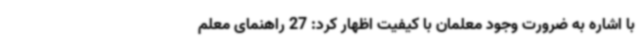
با اشاره به ضرورت وجود معلمان با کیفیت اظهار کرد: 27 راهنمای معلم